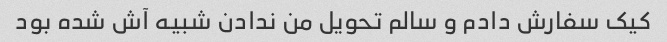
کیک سفارش دادم و سالم تحویل من ندادن شبیه آش شده بود